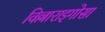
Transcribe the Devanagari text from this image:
विल्लाराइगोसा